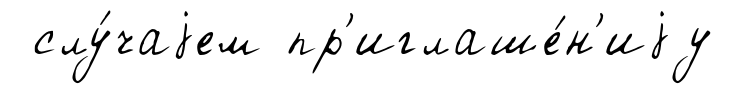
слу́чаjем пр'иглаше́н'иjу